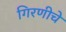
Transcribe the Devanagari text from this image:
गिरणीचे